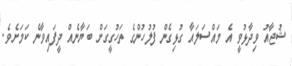
ޝުޖާއު ވިދާޅުވީ އެ މައްސަލައާ ގުޅިގެން ފުލުހުންގެ ތަހުގީގަށް ބަޔާނެއް ދީފައިވާނެ ކަމަށެވެ.